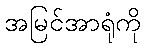
အမြင်အာရုံကို